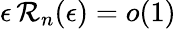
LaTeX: \epsilon\, {\mathcal R}_{n}(\epsilon)=o(1)\;